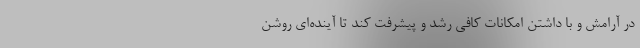
در آرامش و با داشتن امکانات کافی رشد و پیشرفت کند تا آینده‌ای روشن